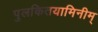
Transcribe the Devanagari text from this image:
पुलकितयामिनीम्